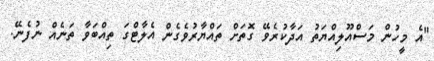
"އެ މީހުން މަސްއޫލިއްޔަތު އަދާކުރެވޭ ގޮތަށް ތައްޔާރުވެގެން އެލާޓްގަ ތިއްބަވާ ތަނެއް ނުފެނޭ.